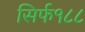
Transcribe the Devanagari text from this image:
सिर्फ१८८